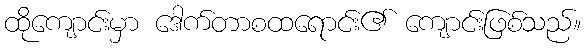
ထိုကျောင်းမှာ ဒေါက်တာစထရောင်း၏ ကျောင်းဖြစ်သည်။